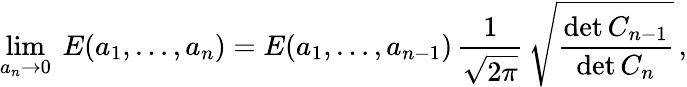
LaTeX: \operatorname*{lim}_{a_{n}\to 0}\ E(a_{1},\dots,a_{n})=E(a_{1},\dots,a_{n-1})\, {\frac{1}{\sqrt{2\pi}}}\, \sqrt{\frac{\operatorname*{det}C_{n-1}}{\operatorname*{det}C_{n}}}\, ,